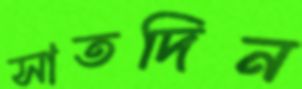
সাতদিন